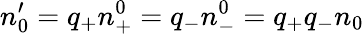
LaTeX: n_{0}^{\prime}=q_{+}n_{+}^{0}=q_{-}n_{-}^{0}=q_{+}q_{-}n_{0}